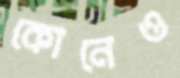
কোনেও